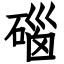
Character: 碯